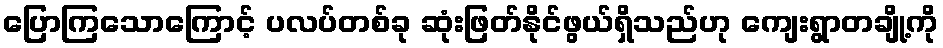
ပြောကြသောကြောင့် ပလပ်တစ်ခု ဆုံးဖြတ်နိုင်ဖွယ်ရှိသည်ဟု ကျေးရွာတချို့ကို